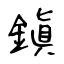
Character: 鎭